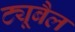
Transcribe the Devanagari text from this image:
ट्यूबैल